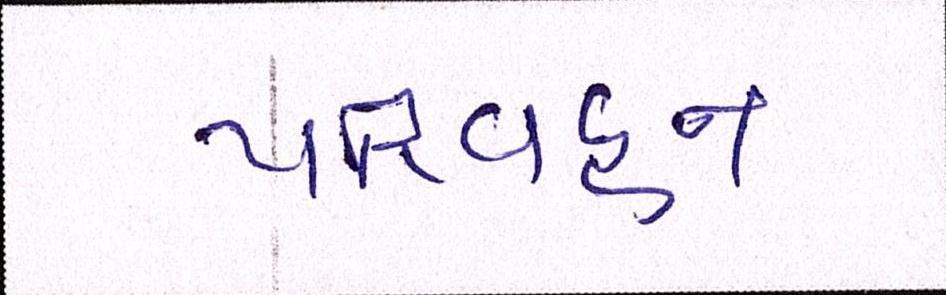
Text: પરિવહન